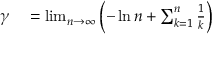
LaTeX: \begin{array} { r l } { \gamma } & { { } = \operatorname* { l i m } _ { n \to \infty } \left( - \ln n + \sum _ { k = 1 } ^ { n } { \frac { 1 } { k } } \right) } \end{array}